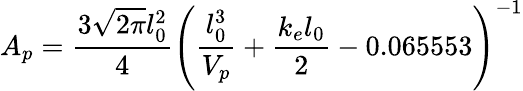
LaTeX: A_{p}=\frac{3\sqrt{2\pi}l_{0}^{2}}{4}\left(\frac{l_{0}^{3}}{V_{p}}+\frac{k_{e}l_{0}}{2}-0.065553\right)^{-1}